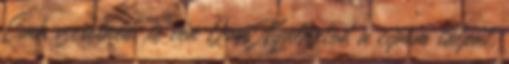
Csak szeretnéd ,te vén Q.va Nyalhatod a cipőm talpát.